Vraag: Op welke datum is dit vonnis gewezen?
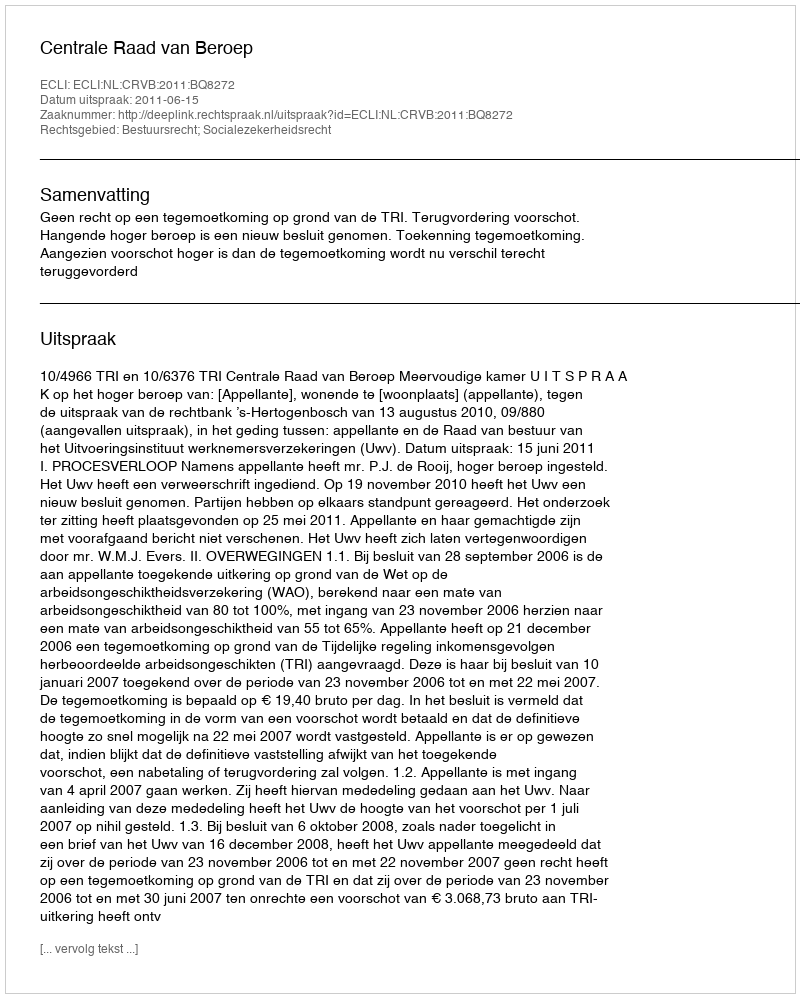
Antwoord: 2011-06-15